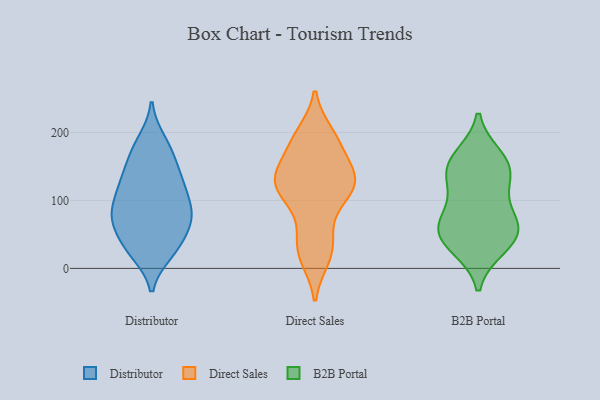
{"axis": {"x": "Demand Index", "y": "Value"}, "legend": ["B2B Portal", "Direct Sales", "Distributor"], "data": [{"x": "", "y": 121, "type": "Distributor"}, {"x": "", "y": 73, "type": "Distributor"}, {"x": "", "y": 37, "type": "Distributor"}, {"x": "", "y": 89, "type": "Distributor"}, {"x": "", "y": 23, "type": "Distributor"}, {"x": "", "y": 120, "type": "Distributor"}, {"x": "", "y": 188, "type": "Distributor"}, {"x": "", "y": 169, "type": "Distributor"}, {"x": "", "y": 82, "type": "Distributor"}, {"x": "", "y": 64, "type": "Distributor"}, {"x": "", "y": 28, "type": "Distributor"}, {"x": "", "y": 75, "type": "Distributor"}, {"x": "", "y": 154, "type": "Distributor"}, {"x": "", "y": 125, "type": "Distributor"}, {"x": "", "y": 59, "type": "Direct Sales"}, {"x": "", "y": 187, "type": "Direct Sales"}, {"x": "", "y": 198, "type": "Direct Sales"}, {"x": "", "y": 117, "type": "Direct Sales"}, {"x": "", "y": 115, "type": "Direct Sales"}, {"x": "", "y": 29, "type": "Direct Sales"}, {"x": "", "y": 123, "type": "Direct Sales"}, {"x": "", "y": 100, "type": "Direct Sales"}, {"x": "", "y": 123, "type": "Direct Sales"}, {"x": "", "y": 16, "type": "Direct Sales"}, {"x": "", "y": 195, "type": "Direct Sales"}, {"x": "", "y": 131, "type": "Direct Sales"}, {"x": "", "y": 110, "type": "Direct Sales"}, {"x": "", "y": 15, "type": "Direct Sales"}, {"x": "", "y": 146, "type": "Direct Sales"}, {"x": "", "y": 157, "type": "Direct Sales"}, {"x": "", "y": 146, "type": "Direct Sales"}, {"x": "", "y": 188, "type": "Direct Sales"}, {"x": "", "y": 134, "type": "Direct Sales"}, {"x": "", "y": 45, "type": "Direct Sales"}, {"x": "", "y": 40, "type": "B2B Portal"}, {"x": "", "y": 72, "type": "B2B Portal"}, {"x": "", "y": 64, "type": "B2B Portal"}, {"x": "", "y": 112, "type": "B2B Portal"}, {"x": "", "y": 149, "type": "B2B Portal"}, {"x": "", "y": 137, "type": "B2B Portal"}, {"x": "", "y": 32, "type": "B2B Portal"}, {"x": "", "y": 163, "type": "B2B Portal"}, {"x": "", "y": 151, "type": "B2B Portal"}, {"x": "", "y": 50, "type": "B2B Portal"}, {"x": "", "y": 62, "type": "B2B Portal"}]}